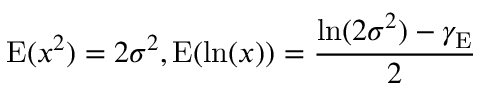
\operatorname { E } ( x ^ { 2 } ) = 2 \sigma ^ { 2 } , \operatorname { E } ( \ln ( x ) ) = { \frac { \ln ( 2 \sigma ^ { 2 } ) - \gamma _ { \mathrm { E } } } { 2 } }